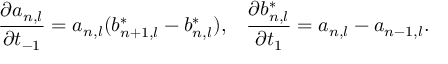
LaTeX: \frac { \partial a _ { n , l } } { \partial t _ { - 1 } } = a _ { n , l } ( b _ { n + 1 , l } ^ { * } - b _ { n , l } ^ { * } ) , \; \; \; \frac { \partial b _ { n , l } ^ { * } } { \partial t _ { 1 } } = a _ { n , l } - a _ { n - 1 , l } .